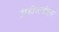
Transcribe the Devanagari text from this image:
टीडीआईएल